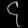
Digit: ၄